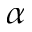
\alpha